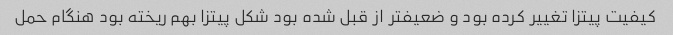
کیفیت پیتزا تغییر کرده بود و ضعیفتر از قبل شده بود شکل پیتزا بهم ریخته بود هنگام حمل